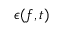
\epsilon ( f , t )